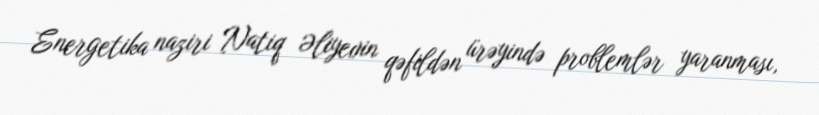
Energetika naziri Natiq Əliyevin qəfildən ürəyində problemlər yaranması,